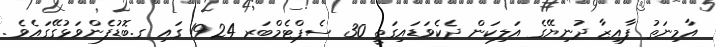
އާމިނަތު ފާއިޒާ ދުނިޔޭގެ އަލިކަން ދެކެވަޑައިގަތީ 30 ސެޕްޓެމްބަރ 1924 ގައި ގ.ބޮޑުފެންވަޅުގޭގައެވެ.